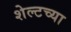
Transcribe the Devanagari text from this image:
शेल्टच्या